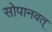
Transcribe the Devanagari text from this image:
सोपानवत्‌